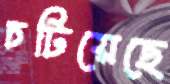
চটিয়েছে